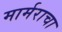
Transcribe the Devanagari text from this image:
मार्मराचा